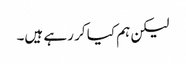
لیکن ہم کیا کر رہے ہیں۔